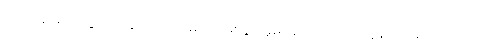
သင့်ပြန်အမ်းငွေကို ပြန်လာရလိမ့်မည် ဖြစ်ပွားမှုမရှိသော်လည်း သွန်သင်ချက်အတိုင်း